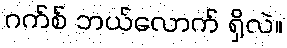
ဂက်စ် ဘယ်လောက် ရှိလဲ။